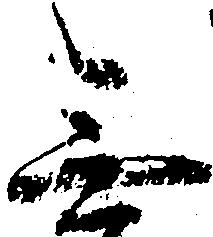
無